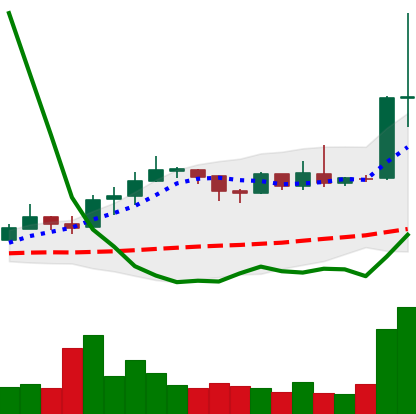
Ticker: ETC-USD
Chart end date: 2019-04-03
Forward return: 31.915%
Label: up_7plus